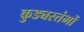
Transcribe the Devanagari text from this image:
कुड्यस्तंभों